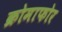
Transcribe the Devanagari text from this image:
क्रोमाफोर